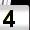
Digit: 4